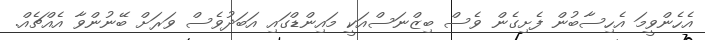
އެހެންވީމަ އެހިސާބުން ފެށިގެން ވެސް ބިޒްނަސްއަކީ މައިންޑްގައި އަބަދުވެސް ވަރަށް ބޭނުންވާ އެއްޗެއް.